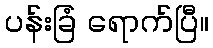
ပန်းခြံ ရောက်ပြီ။